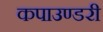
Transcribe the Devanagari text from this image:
कपाउण्डरी